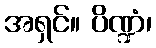
အရှင်။ ပိဏ္ဍံ၊